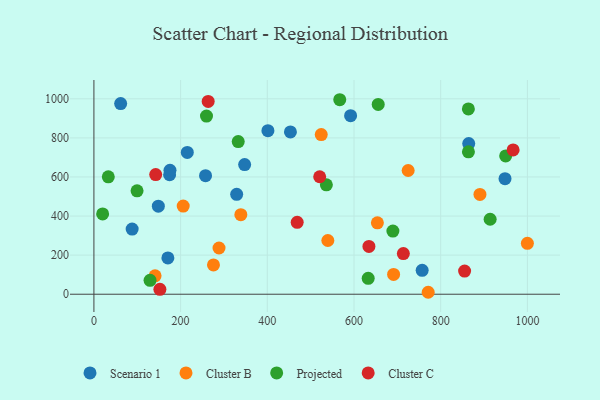
{"axis": {"x": "Investment", "y": "Demand"}, "legend": ["Cluster B", "Cluster C", "Projected", "Scenario 1"], "data": [{"x": "215.4", "y": 725.3, "type": "Scenario 1"}, {"x": "257.5", "y": 606.8, "type": "Scenario 1"}, {"x": "453.3", "y": 830.2, "type": "Scenario 1"}, {"x": "329.3", "y": 511.4, "type": "Scenario 1"}, {"x": "347.7", "y": 663.4, "type": "Scenario 1"}, {"x": "948.3", "y": 591.1, "type": "Scenario 1"}, {"x": "174.6", "y": 611.2, "type": "Scenario 1"}, {"x": "757.2", "y": 122.4, "type": "Scenario 1"}, {"x": "401.4", "y": 836.8, "type": "Scenario 1"}, {"x": "148.6", "y": 450.5, "type": "Scenario 1"}, {"x": "61.7", "y": 975.6, "type": "Scenario 1"}, {"x": "592.1", "y": 913.6, "type": "Scenario 1"}, {"x": "88.2", "y": 333.3, "type": "Scenario 1"}, {"x": "864.6", "y": 770.9, "type": "Scenario 1"}, {"x": "175.5", "y": 634.4, "type": "Scenario 1"}, {"x": "170.6", "y": 185.9, "type": "Scenario 1"}, {"x": "275.8", "y": 150.0, "type": "Cluster B"}, {"x": "771.1", "y": 10.0, "type": "Cluster B"}, {"x": "691.3", "y": 101.2, "type": "Cluster B"}, {"x": "999.9", "y": 260.4, "type": "Cluster B"}, {"x": "539.6", "y": 275.0, "type": "Cluster B"}, {"x": "524.4", "y": 817.0, "type": "Cluster B"}, {"x": "141.1", "y": 94.3, "type": "Cluster B"}, {"x": "206.0", "y": 450.8, "type": "Cluster B"}, {"x": "288.6", "y": 236.5, "type": "Cluster B"}, {"x": "724.9", "y": 633.0, "type": "Cluster B"}, {"x": "338.9", "y": 407.3, "type": "Cluster B"}, {"x": "653.9", "y": 365.5, "type": "Cluster B"}, {"x": "890.5", "y": 510.9, "type": "Cluster B"}, {"x": "99.5", "y": 528.9, "type": "Projected"}, {"x": "259.7", "y": 911.4, "type": "Projected"}, {"x": "655.8", "y": 971.3, "type": "Projected"}, {"x": "689.7", "y": 323.0, "type": "Projected"}, {"x": "914.0", "y": 383.7, "type": "Projected"}, {"x": "33.2", "y": 600.6, "type": "Projected"}, {"x": "632.7", "y": 81.6, "type": "Projected"}, {"x": "863.9", "y": 728.6, "type": "Projected"}, {"x": "20.1", "y": 410.9, "type": "Projected"}, {"x": "332.9", "y": 780.9, "type": "Projected"}, {"x": "863.8", "y": 948.0, "type": "Projected"}, {"x": "567.1", "y": 995.2, "type": "Projected"}, {"x": "536.2", "y": 559.9, "type": "Projected"}, {"x": "129.5", "y": 70.9, "type": "Projected"}, {"x": "949.8", "y": 707.4, "type": "Projected"}, {"x": "468.9", "y": 367.8, "type": "Cluster C"}, {"x": "634.4", "y": 244.4, "type": "Cluster C"}, {"x": "855.1", "y": 118.7, "type": "Cluster C"}, {"x": "520.8", "y": 601.1, "type": "Cluster C"}, {"x": "713.8", "y": 208.1, "type": "Cluster C"}, {"x": "967.0", "y": 738.2, "type": "Cluster C"}, {"x": "142.5", "y": 612.0, "type": "Cluster C"}, {"x": "152.2", "y": 24.9, "type": "Cluster C"}, {"x": "263.6", "y": 986.5, "type": "Cluster C"}]}